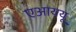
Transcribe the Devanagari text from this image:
एआययू